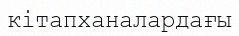
кітапханалардағы